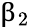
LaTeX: \upbeta_{2}